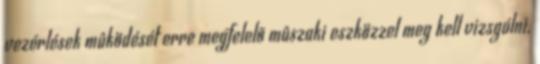
vezérlések mûködését erre megfelelõ mûszaki eszközzel meg kell vizsgálni.